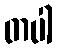
တပါ